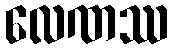
လေဏဿ